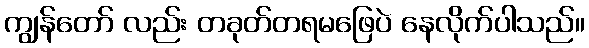
ကျွန်တော် လည်း တခုတ်တရမဖြေပဲ နေလိုက်ပါသည်။